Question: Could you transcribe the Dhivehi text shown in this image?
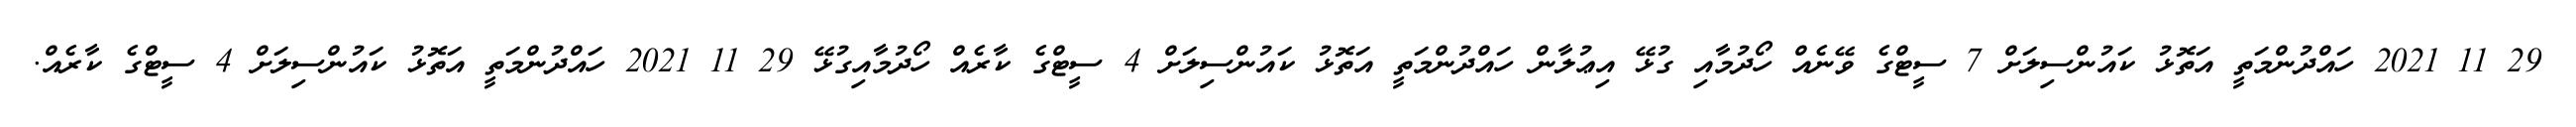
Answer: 29 11 2021 ހައްދުންމަތީ އަތޮޅު ކައުންސިލަށް 7 ސީޓްގެ ވޭނެއް ހޯދުމާއި ގުޅޭ އިޢުލާން ހައްދުންމަތީ އަތޮޅު ކައުންސިލަށް 4 ސީޓްގެ ކާރެއް ހޯދުމާއިގުޅޭ 29 11 2021 ހައްދުންމަތީ އަތޮޅު ކައުންސިލަށް 4 ސީޓްގެ ކާރެއް.